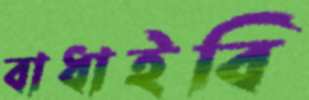
বাধাইবি